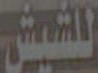
للشيش